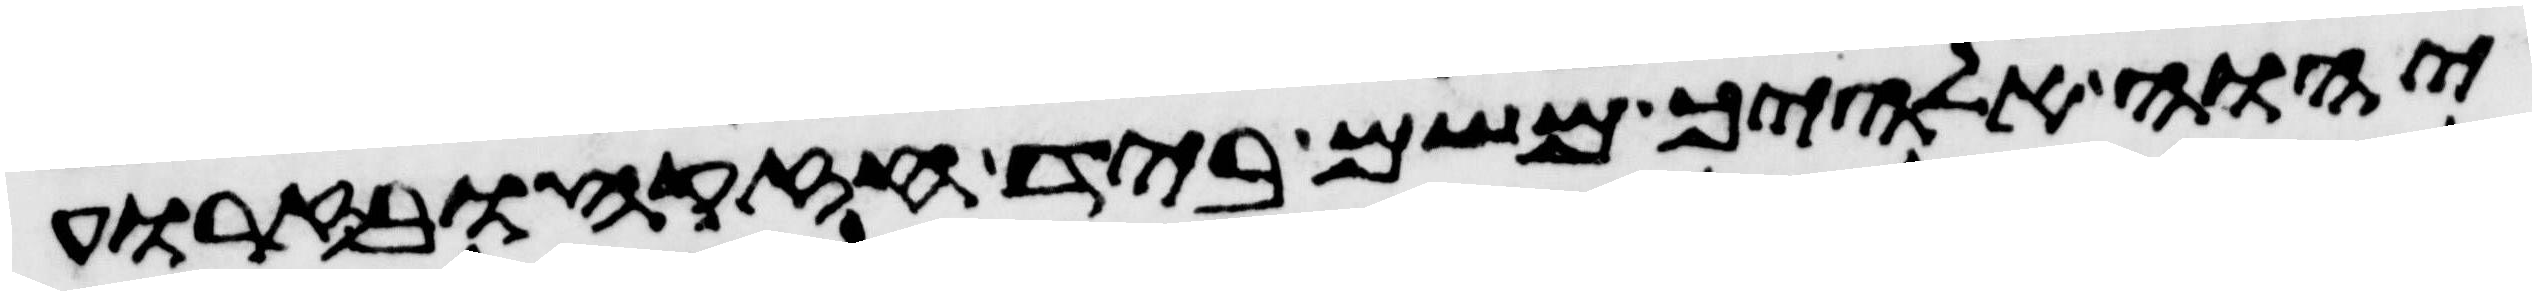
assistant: יהוה אלהיך משם ביד חזקה ובזרוע